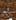
به